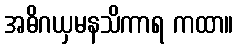
အဓိဂယှမနသိကာရ ကထာ။